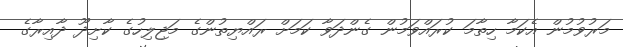
މަރުވުމުން އެކަމާ ހިތާމަ ކުރައްވަމުން ގެންދަވާ ކަމަށް ރައްޔިތުންގެ މަޖިލިހުގެ ކާށިދޫ ދާއިރާގެ